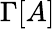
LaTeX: \Gamma[A]